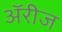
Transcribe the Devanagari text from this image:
ॲरीज